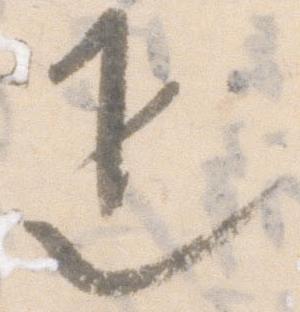
疋